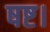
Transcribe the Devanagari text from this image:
षष्ट।